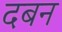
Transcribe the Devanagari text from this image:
दबन